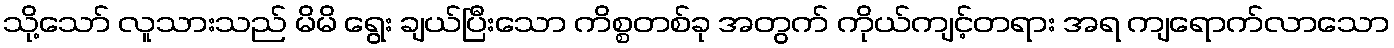
သို့သော် လူသားသည် မိမိ ရွေး ချယ်ပြီးသော ကိစ္စတစ်ခု အတွက် ကိုယ်ကျင့်တရား အရ ကျရောက်လာသော